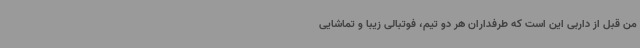
من قبل از داربی این است که طرفداران هر دو تیم، فوتبالی زیبا و تماشایی